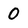
Character: 0